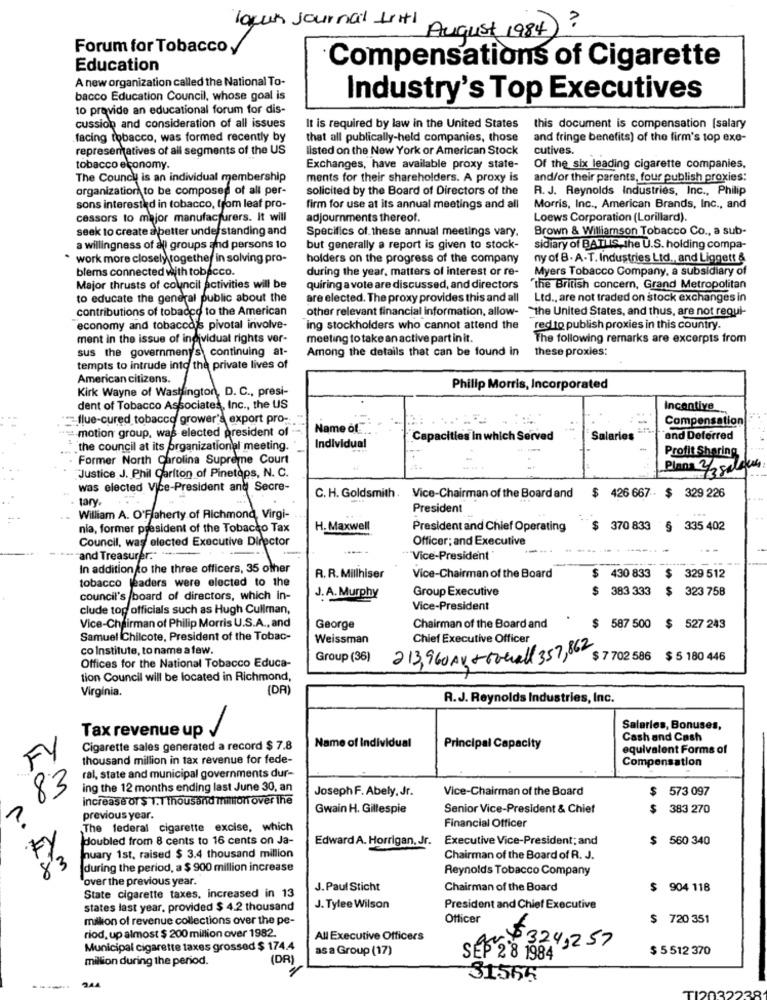
layan Journal friti
?
August 1984)
Forum for Tobacco y
Education
Compensations of Cigarette
A new organization called the National To-
bacco Education Council, whose goal is
Industry's Top Executives
to provide an educational forum for dis-
cussion and consideration of all issues
It is required by law in the United States
this document is compensation (salary
facing tobacco, was formed recently by
that all publically-held companies, those
and fringe benefits) of the firm's top exe-
representatives of all segments of the US
listed on the New York or American Stock
cutives.
tobacco economy.
Exchanges, have available proxy state-
Of the six leading cigarette companies,
The Counch is an individual membership
ments for their shareholders. A proxy is
and/or their parents, four publish proxies:
organization to be composed of all per-
solicited by the Board of Directors of the
R. J. Reynolds Industries, Inc ., Philip
sons interested in tobacco, from leaf pro-
firm for use at its annual meetings and all
Morris, Inc ., American Brands, Inc ., and
cessors to major manufacturers. It will
adjournments thereof.
Loews Corporation (Lorillard).
seek to create a better understanding and
Specifics of these annual meetings vary.
Brown & Williamson Tobacco Co ., a sub-
a willingness of all groups and persons to
but generally a report is given to stock-
sidiary of BATUIS,the U.S. holding compa-
. work more closely together in solving pro-
holders on the progress of the company
ny of B. A.T. Industries Ltd ., and Liggett &
blems connected with tobacco.
during the year, matters of interest or re-
Myers Tobacco Company, a subsidiary of
Major thrusts of council activities will be
quiring a vote are discussed, and directors
"the British concern, Grand Metropolitan
to educate the general public about the
are elected. The proxy provides this and all Ltd ., are not traded on stock exchanges in
contributions of tobacco to the American
other relevant financial information, allow- "the United States, and thus, are not requi-
economy and tobacco's pivotal involve-
ing stockholders who cannot attend the
red to publish proxies in this country.
ment in the issue of individual rights ver-
meeting to take an active part in it.
The following remarks are excerpts from
sus the government's continuing at-
Among the details that can be found in
these proxies:
tempts to intrude into the private lives of
American citizens.
Kirk Wayne of Washington, D. C ., presi-
Philip Morris, Incorporated
dent of Tobacco Associates, Inc ., the US
Incentive __
flue-cured tobacco grower's export pro-
Compensation
motion group, was elected president of
Name of
Capacities In which Served
Salaries
and Deferred
the council at its organizational meeting.
Individual
Profit Sharing
Former North Carolina Supreme Court
"Justice J. Phil Carlton of Pinetops, N. C.
Plans 2/2 salbum
was elected Vice-President and Secre-
tary.
C. H. Goldsmith . Vice-Chairman of the Board and
$ 426 667 $ 329 226
President
.. William A. O'Flaherty of Richmond, Virgi-
nia, former president of the Tobacco Tax
H. Maxwell
President and Chief Operating
$ 370 833
335 402
Council, was elected Executive Director
Officer; and Executive
and Treasurer."
"Vice-President
In addition to the three officers, 35 other
tobacco leaders were elected to the
R. R. Millhiser
Vice-Chairman of the Board
$
430 833
329 512
Group Executive
383 333
$
323 75B
council's /board of directors, which in-
J. A. Murphy
clude top officials such as Hugh Cullman,
Vice-President
Vice-Chairman of Philip Morris U.S.A ., and
George
Chairman of the Board and
587 500
527 243
Samuel Chilcote, President of the Tobac-
Weissman
Chief Executive Officer
co Institute, to name a few
Group (36)
213,960AK-touall 357, 862
$ 7 702 586
$ 5 180 446
Offices for the National Tobacco Educa-
tion Council will be located in Richmond,
Virginia.
(DR)
R.J. Reynolds Industries, Inc.
Salaries, Bonuses,
Tax revenue up
Name of Individual
Cash and Cash
FY
Cigarette sales generated a record $ 7.8
Principal Capacity
equivalent Forms of
thousand million in tax revenue for fede-
Compensation
ral, state and municipal governments dur-
83
ing the 12 months ending last June 30, an
Joseph F. Abely, Jr.
Vice-Chairman of the Board
$
573 097
increase Of $ 1.1 Thousand ihmillion over The
Gwain H. Gillespie
Senior Vice-President & Chief
$
383 270
previous year.
The federal cigarette excise, which
Financial Officer
doubled from 8 cents to 16 cents on Ja-
Edward A. Horrigan, Jr.
Executive Vice-President; and
$
560 340
nuary 1st, raised $ 3.4 thousand million
Chairman of the Board of R. J.
83
during the period, a $ 900 million increase
Reynolds Tobacco Company
over the previous year.
J. Paul Sticht
Chairman of the Board
$ 904 118
State cigarette taxes, increased in 13
states last year, provided $ 4.2 thousand
J. Tylee Wilson
President and Chief Executive
million of revenue collections over the pe-
Officer
720 351
riod, up almost $ 200 million over 1982.
All Executive Officers
Municipal cigarette taxes grossed $ 174.4
as a Group (17)
$324,257
$ 5 512 370
million during the period.
(DR)
SEP 2 8 1984
$1565